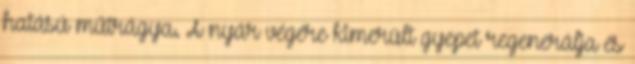
hatású műtrágya. A nyár végére kimerült gyepet regenerálja és